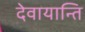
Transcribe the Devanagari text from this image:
देवायान्ति